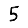
Digit: 5